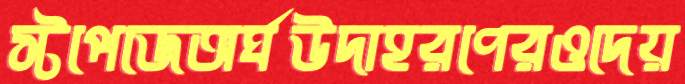
স্টপেজেঅর্ঘউদাহরণেরওদেয়